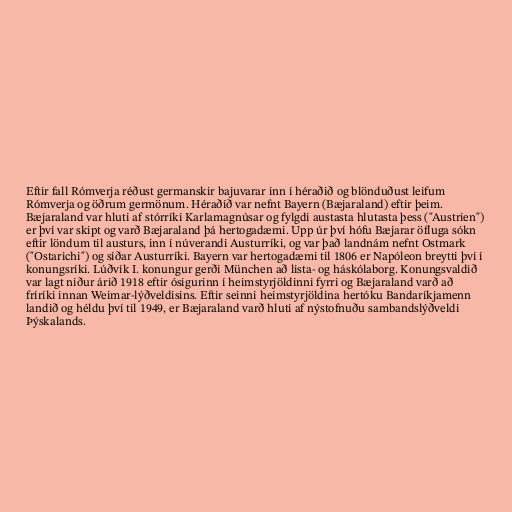
Eftir fall Rómverja réðust germanskir bajuvarar inn í héraðið og blönduðust leifum
Rómverja og öðrum germönum. Héraðið var nefnt Bayern (Bæjaraland) eftir þeim.
Bæjaraland var hluti af stórríki Karlamagnúsar og fylgdi austasta hlutasta þess ("Austrien")
er því var skipt og varð Bæjaraland þá hertogadæmi. Upp úr því hófu Bæjarar öfluga sókn
eftir löndum til austurs, inn í núverandi Austurríki, og var það landnám nefnt Ostmark
("Ostarichi") og síðar Austurríki. Bayern var hertogadæmi til 1806 er Napóleon breytti því í
konungsríki. Lúðvík I. konungur gerði München að lista- og háskólaborg. Konungsvaldið
var lagt niður árið 1918 eftir ósigurinn í heimstyrjöldinni fyrri og Bæjaraland varð að
fríríki innan Weimar-lýðveldisins. Eftir seinni heimstyrjöldina hertóku Bandaríkjamenn
landið og héldu því til 1949, er Bæjaraland varð hluti af nýstofnuðu sambandslýðveldi
Þýskalands.